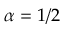
\alpha = 1 / 2